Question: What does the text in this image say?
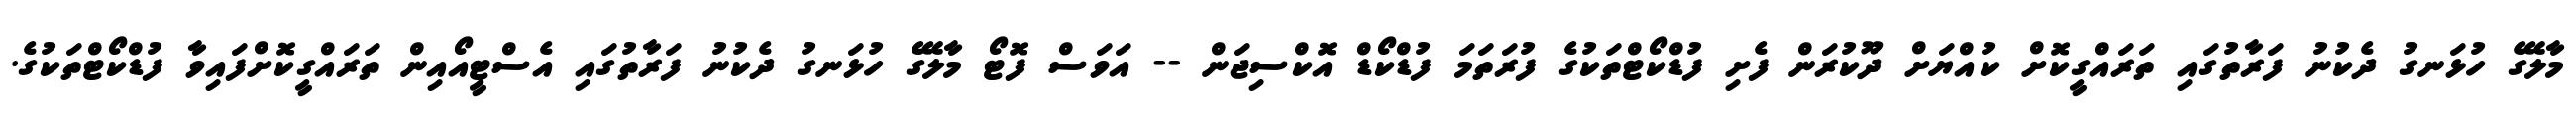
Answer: މާލޭގެ ހުޅަނގު ދެކުނު ފަރާތުގައި ތަރައްގީކޮށް ކުއްޔަށް ދޫކުރަން ފެށި ފުޑްކޯޓްތަކުގެ ފުރަތަމަ ފުޑްކޯޑް އޮކްސިޖަން -- އަވަސް ފޮޓޯ މާލޭގެ ހުޅަނގު ދެކުނު ފަރާތުގައި އެސްޓީއޯއިން ތަރައްގީކޮށްފައިވާ ފުޑްކޯޓްތަކުގެ.